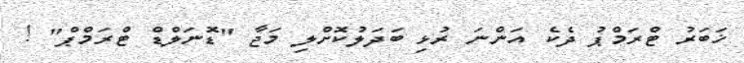
ޚަބަރު ޓްރަމްޕު ދެކެ އަންނަ ރުޅި ބަދަލުކޮށްލި މަޖާ "ޑޮނަލްޑް ޓްރަމްޕް" !